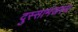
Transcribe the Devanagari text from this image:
दुस्सामंजस्य